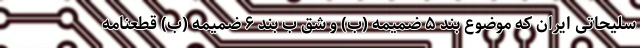
سلیحاتی ایران که موضوع بند ۵ ضمیمه (ب) و شق ب بند ۶ ضمیمه (ب) قطعنامه